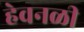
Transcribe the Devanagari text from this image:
हेवनळी